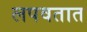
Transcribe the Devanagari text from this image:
लपवतात